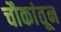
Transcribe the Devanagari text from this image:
चौकांतून